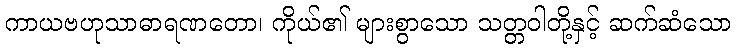
ကာယဗဟုသာဓာရဏတော၊ ကိုယ်၏ များစွာသော သတ္တဝါတို့နှင့် ဆက်ဆံသော